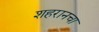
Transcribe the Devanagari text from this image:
शहरानचा